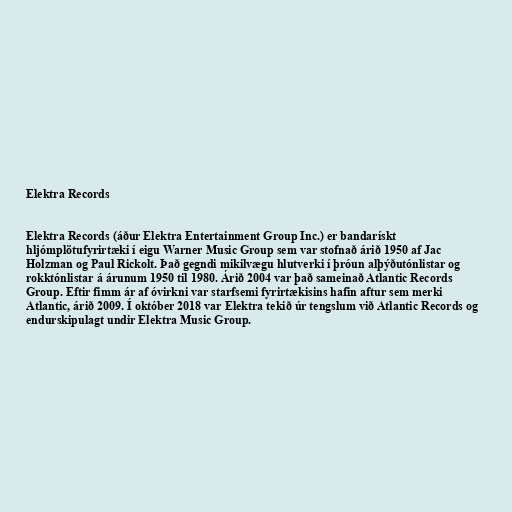
Elektra Records

Elektra Records (áður Elektra Entertainment Group Inc.) er bandarískt
hljómplötufyrirtæki í eigu Warner Music Group sem var stofnað árið 1950 af Jac
Holzman og Paul Rickolt. Það gegndi mikilvægu hlutverki í þróun alþýðutónlistar og
rokktónlistar á árunum 1950 til 1980. Árið 2004 var það sameinað Atlantic Records
Group. Eftir fimm ár af óvirkni var starfsemi fyrirtækisins hafin aftur sem merki
Atlantic, árið 2009. Í október 2018 var Elektra tekið úr tengslum við Atlantic Records og
endurskipulagt undir Elektra Music Group.